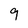
Character: 9